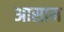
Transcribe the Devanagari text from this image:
अासाम